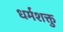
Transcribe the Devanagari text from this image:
धर्मशक्तु